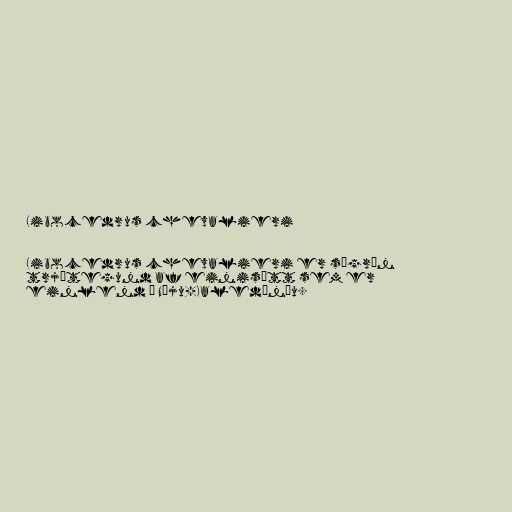
Libocedrus chevalieri

Libocedrus chevalieri er sígræn
trjátegund af einisætt sem er
einlend á Nýju-Kaledóníu.